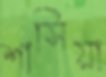
শাসিয়া